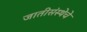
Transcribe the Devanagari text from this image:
जातीसंस्थेचे